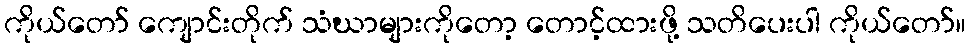
ကိုယ်တော် ကျောင်းတိုက် သံဃာများကိုတော့ တောင့်ထားဖို့ သတိပေးပါ ကိုယ်တော်။